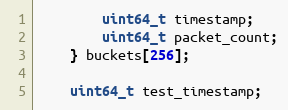
Language: C
        uint64_t timestamp;
        uint64_t packet_count;
    } buckets[256];

    uint64_t test_timestamp;